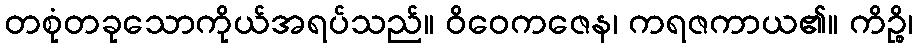
တစုံတခုသောကိုယ်အရပ်သည်။ ဝိဝေကဇေန၊ ကရဇကာယ၏။ ကိဉ္စိ၊